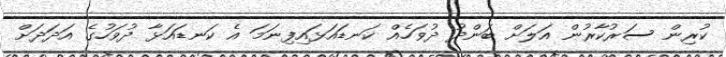
ކުރިން ސަރުކާރުން އަލަށް ބަންދު ދުވަހެއް ކަނޑައަޅައިފިނަމަ އެ ކަނޑައަޅާ ދުވަހުގެ އަދަދަށް